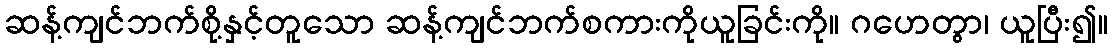
ဆန့်ကျင်ဘက်စို့နှင့်တူသော ဆန့်ကျင်ဘက်စကားကိုယူခြင်းကို။ ဂဟေတွာ၊ ယူပြီး၍။